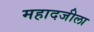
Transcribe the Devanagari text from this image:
महादजीला